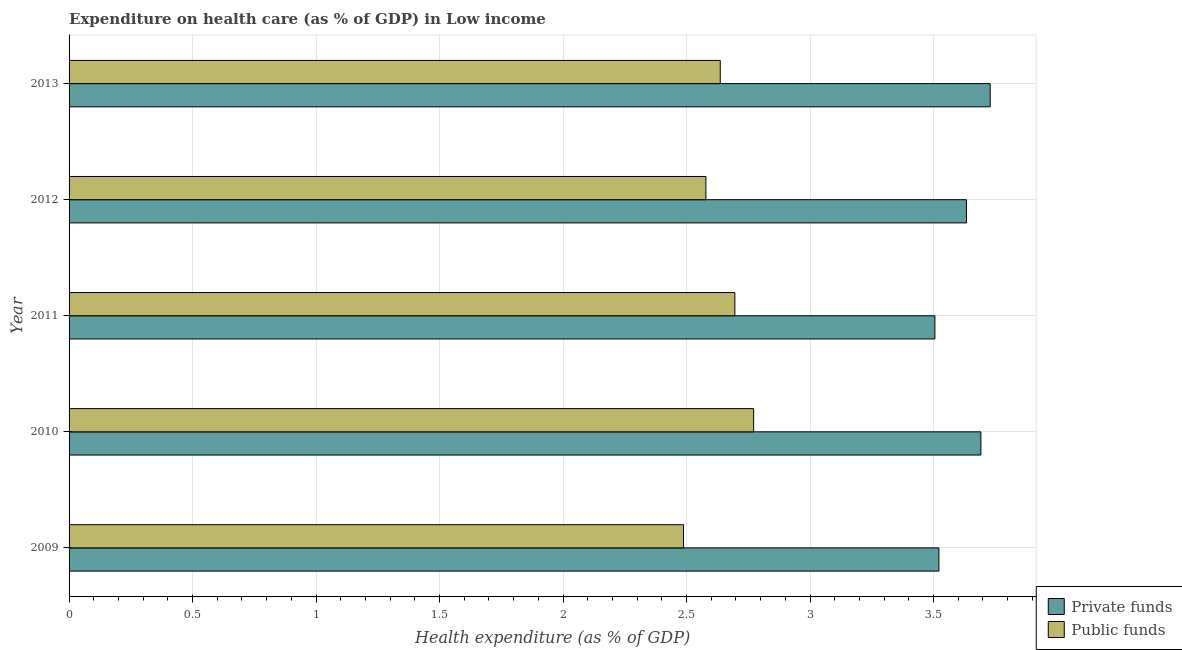
| Year | Private funds | Public funds |
 | --- | --- | --- |
 | 2009 | 3.52 | 2.49 |
 | 2010 | 3.69 | 2.77 |
 | 2011 | 3.51 | 2.7 |
 | 2012 | 3.63 | 2.58 |
 | 2013 | 3.73 | 2.64 |